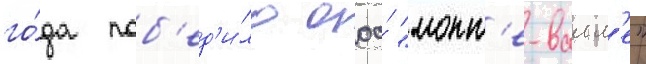
го́да поб'ед'и́ло ооо́ "монт'е-валл'е"